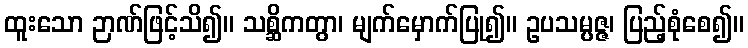
ထူးသော ဉာဏ်ဖြင့်သိ၍။ သစ္ဆိကတွာ၊ မျက်မှောက်ပြု၍။ ဥပသမ္ပဇ္ဇ၊ ပြည့်စုံစေ၍။